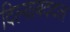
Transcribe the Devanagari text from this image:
दिल्याबददल